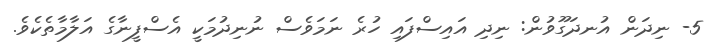
5- ނިދަން އުނދަގޫވުން: ނިދި އައިސްފައި ހުރެ ނަމަވެސް ނުނިދުމަކީ އެސްފީނާގެ އަލާމާތެކެވެ.